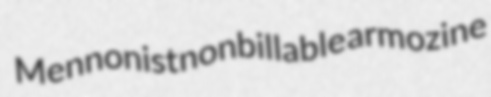
Mennonist nonbillable armozine